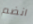
انضم